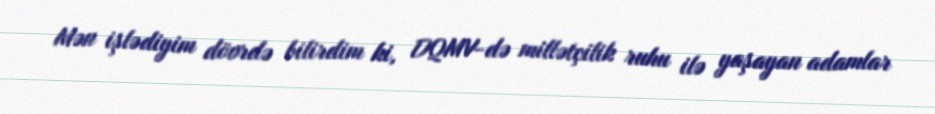
Mən işlədiyim dövrdə bilirdim ki, DQMV-də millətçilik ruhu ilə yaşayan adamlar